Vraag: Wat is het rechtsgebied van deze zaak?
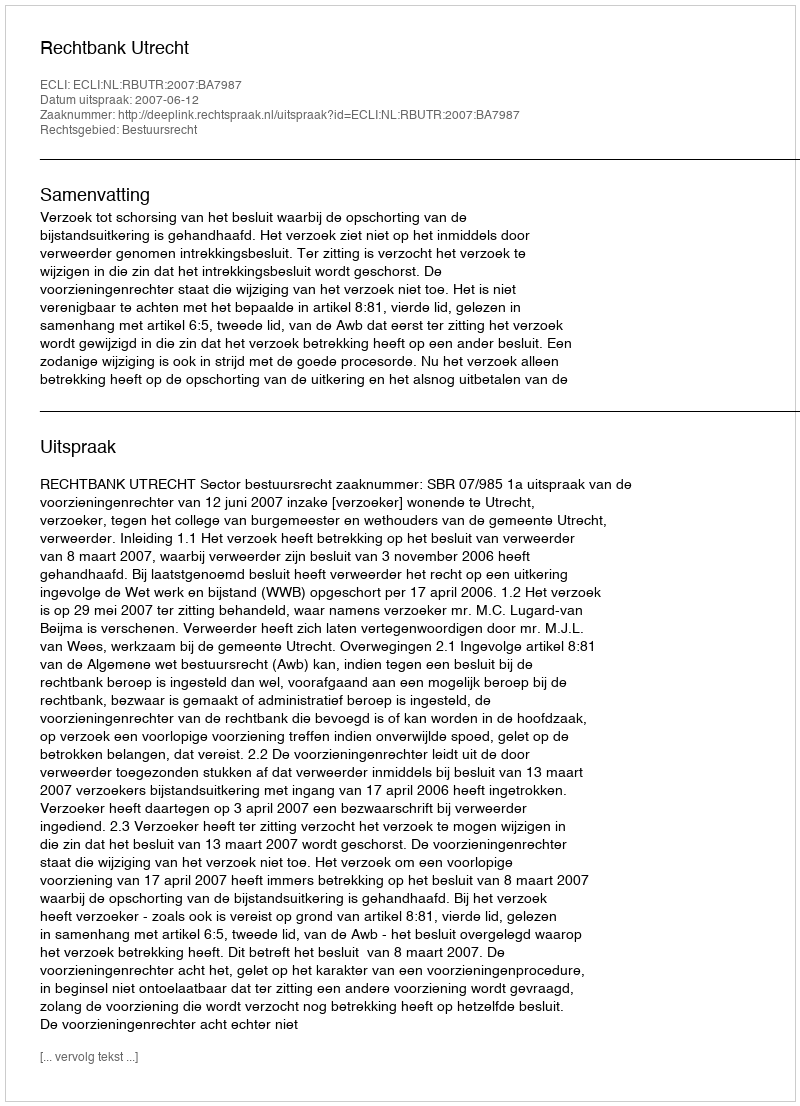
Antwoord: Bestuursrecht